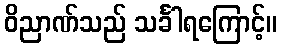
ဝိညာဏ်သည် သင်္ခါရကြောင့်။